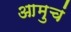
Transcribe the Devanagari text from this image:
आमुचं